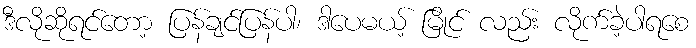
ဒီလိုဆိုရင်တော့ ပြန်ချင်ပြန်ပါ၊ ဒါပေမယ့် မြိုင် လည်း လိုက်ခဲ့ပါရစေ